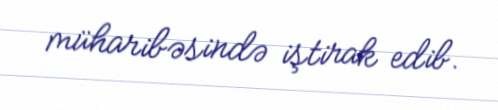
müharibəsində iştirak edib.